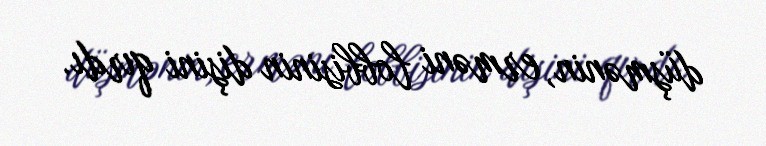
düşmənin, erməni lobbisinin dişini qırdı.